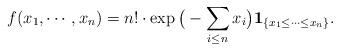
LaTeX: \begin{align*}f(x_{1}, \cdots, x_{n})=n!\cdot\exp\big(-\sum_{i\le n}x_{i}\big)\mathbf{1}_{\{ x_{1}\le \cdots \le x_{n} \}}.\end{align*}